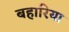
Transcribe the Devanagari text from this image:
बहारिया